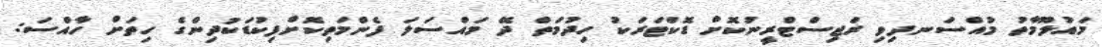
މައުލޫމާތު މުއްސަނދިވި ރަޖިސްޓްރީނުކޮށް ޑޮކްޓަރަކު ހިދުމަތް ދޭ މައްސަލަ ފެންމަތިކޮށްފިކުޑަކުދިންގެ ހިތަށް ހާއްސަ: